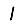
Digit: 1